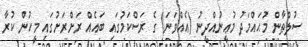
ސުލްޠާން މުޙައްމަދު މުޢީނުއްދީނު (އެއްވަނަ) ގެ ރަސްކަމުގައި ބައެއް ރަށްރަށުގައި މީހުން ކުރާ